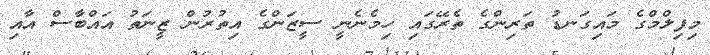
މިފިލްމްގެ މައިގަނޑު ތަރިންގެ ތެރޭގައި ހިމެނެނީ ސީޒަންގެ އިތުރުން ޒީނަތު އައްބާސް އާއި